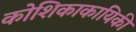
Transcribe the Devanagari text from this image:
कोशिकाकायिकी